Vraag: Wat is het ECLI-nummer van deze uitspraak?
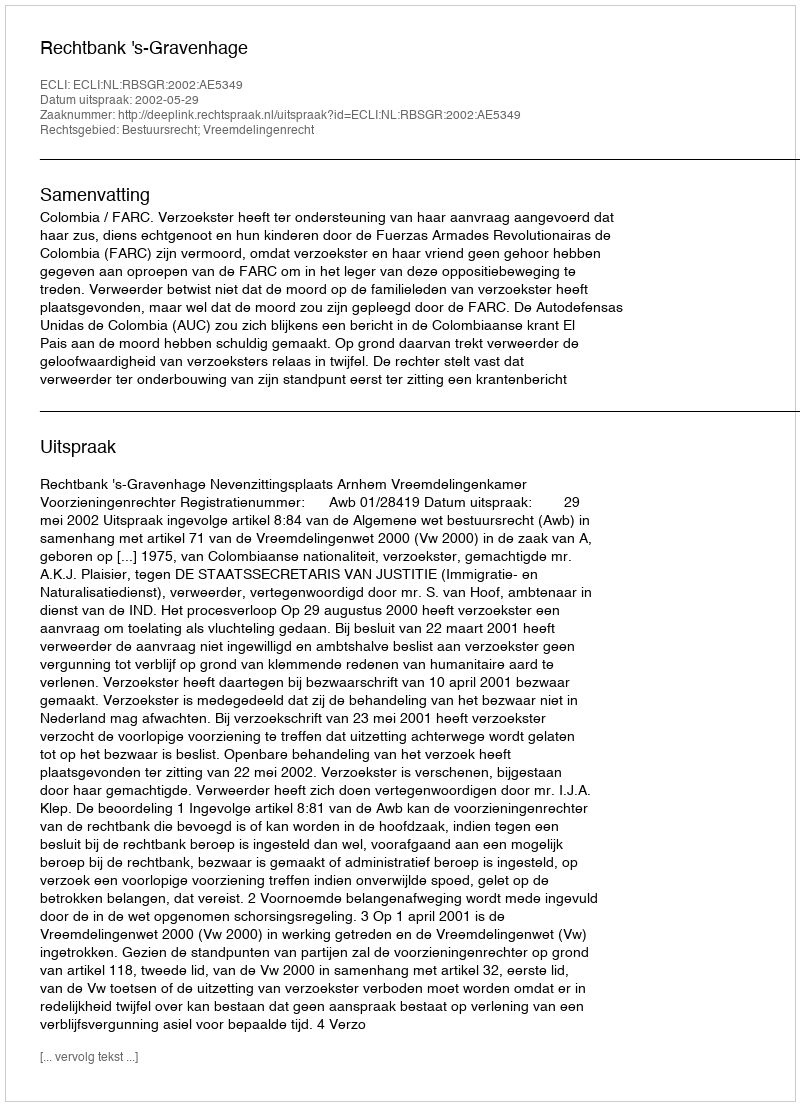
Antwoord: ECLI:NL:RBSGR:2002:AE5349